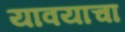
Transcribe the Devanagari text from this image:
यावयाचा